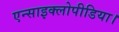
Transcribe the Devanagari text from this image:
एन्साइक्लोपीडिया।